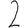
Digit: 2